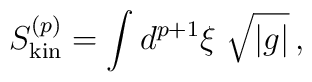
S_{\rm kin}^{(p)} = \int d^{p+1} \xi \ \sqrt {|g|}\, ,